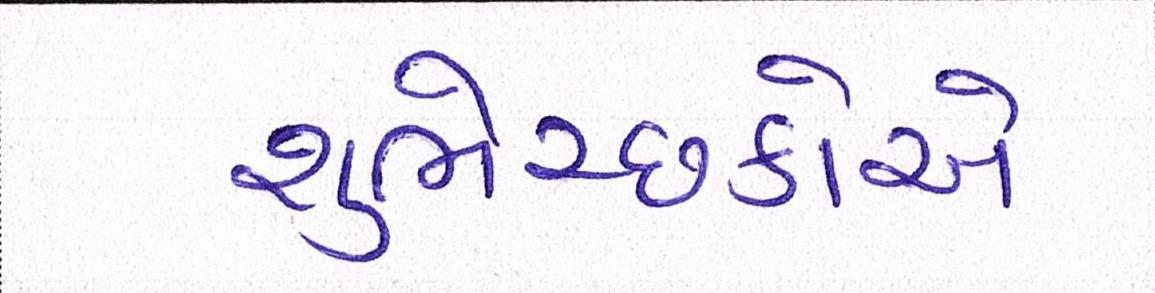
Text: શુભેચ્છકોએ